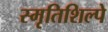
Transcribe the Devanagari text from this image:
स्मृतिशिल्पे